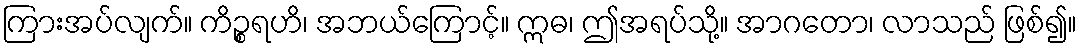
ကြားအပ်လျက်။ ကိဉ္စရဟိ၊ အဘယ်ကြောင့်။ ဣဓ၊ ဤအရပ်သို့။ အာဂတော၊ လာသည် ဖြစ်၍။